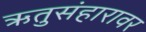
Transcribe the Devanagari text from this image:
ऋतुसंहारावर